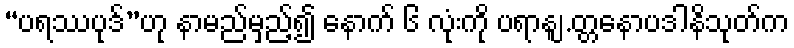
“ပရဿပုဒ်”ဟု နာမည်မှည့်၍ နောက် ၆ လုံးကို ပရာနျ.တ္တနောပဒါနိသုတ်က